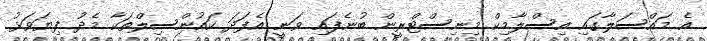
އެ މައްސަލާގައި އިސްލާމިކް މިނިސްޓްރީން ބުނެފައި ވަނީ އެފަދަ ކައުންސިލްތަކާ މެދު ފިޔަވަޅު